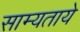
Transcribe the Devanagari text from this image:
साम्यताये